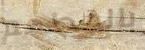
بالمطعم